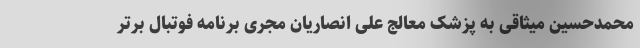
محمدحسین میثاقی به پزشک معالج علی انصاریان مجری برنامه فوتبال برتر